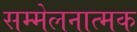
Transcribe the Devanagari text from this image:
सम्मेलनात्मक